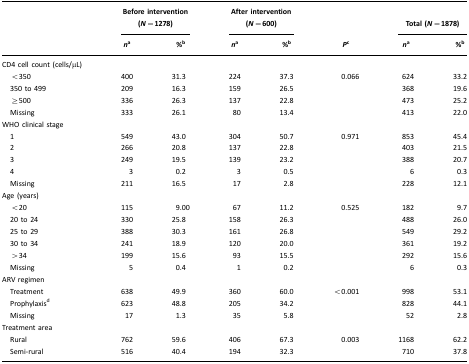
<table><thead><tr><td></td><td colspan="2"><b>Before intervention (<i>N</i>=1278)</b></td><td colspan="2"><b>After intervention (<i>N</i>=600)</b></td><td></td><td colspan="2"><b>Total (<i>N</i>=1878)</b></td></tr><tr><td></td><td><b><i>n</i>a</b></td><td><b>%b</b></td><td><b><i>n</i>a</b></td><td><b>%b</b></td><td><b><i>P</i>c</b></td><td><b><i>n</i>a</b></td><td><b>%b</b></td></tr></thead><tbody><tr><td>CD4 cell count (cells/μL)</td><td></td><td></td><td></td><td></td><td></td><td></td><td></td></tr><tr><td> &lt;350</td><td>400</td><td>31.3</td><td>224</td><td>37.3</td><td>0.066</td><td>624</td><td>33.2</td></tr><tr><td> 350 to 499</td><td>209</td><td>16.3</td><td>159</td><td>26.5</td><td></td><td>368</td><td>19.6</td></tr><tr><td> ≥500</td><td>336</td><td>26.3</td><td>137</td><td>22.8</td><td></td><td>473</td><td>25.2</td></tr><tr><td> Missing</td><td>333</td><td>26.1</td><td>80</td><td>13.4</td><td></td><td>413</td><td>22.0</td></tr><tr><td>WHO clinical stage</td><td></td><td></td><td></td><td></td><td></td><td></td><td></td></tr><tr><td> 1</td><td>549</td><td>43.0</td><td>304</td><td>50.7</td><td>0.971</td><td>853</td><td>45.4</td></tr><tr><td> 2</td><td>266</td><td>20.8</td><td>137</td><td>22.8</td><td></td><td>403</td><td>21.5</td></tr><tr><td> 3</td><td>249</td><td>19.5</td><td>139</td><td>23.2</td><td></td><td>388</td><td>20.7</td></tr><tr><td> 4</td><td>3</td><td>0.2</td><td>3</td><td>0.5</td><td></td><td>6</td><td>0.3</td></tr><tr><td> Missing</td><td>211</td><td>16.5</td><td>17</td><td>2.8</td><td></td><td>228</td><td>12.1</td></tr><tr><td>Age (years)</td><td></td><td></td><td></td><td></td><td></td><td></td><td></td></tr><tr><td> &lt;20</td><td>115</td><td>9.00</td><td>67</td><td>11.2</td><td>0.525</td><td>182</td><td>9.7</td></tr><tr><td> 20 to 24</td><td>330</td><td>25.8</td><td>158</td><td>26.3</td><td></td><td>488</td><td>26.0</td></tr><tr><td> 25 to 29</td><td>388</td><td>30.3</td><td>161</td><td>26.8</td><td></td><td>549</td><td>29.2</td></tr><tr><td> 30 to 34</td><td>241</td><td>18.9</td><td>120</td><td>20.0</td><td></td><td>361</td><td>19.2</td></tr><tr><td> &gt;34</td><td>199</td><td>15.6</td><td>93</td><td>15.5</td><td></td><td>292</td><td>15.6</td></tr><tr><td> Missing</td><td>5</td><td>0.4</td><td>1</td><td>0.2</td><td></td><td>6</td><td>0.3</td></tr><tr><td>ARV regimen</td><td></td><td></td><td></td><td></td><td></td><td></td><td></td></tr><tr><td> Treatment</td><td>638</td><td>49.9</td><td>360</td><td>60.0</td><td>&lt;0.001</td><td>998</td><td>53.1</td></tr><tr><td> Prophylaxisd</td><td>623</td><td>48.8</td><td>205</td><td>34.2</td><td></td><td>828</td><td>44.1</td></tr><tr><td> Missing</td><td>17</td><td>1.3</td><td>35</td><td>5.8</td><td></td><td>52</td><td>2.8</td></tr><tr><td>Treatment area</td><td></td><td></td><td></td><td></td><td></td><td></td><td></td></tr><tr><td> Rural</td><td>762</td><td>59.6</td><td>406</td><td>67.3</td><td>0.003</td><td>1168</td><td>62.2</td></tr><tr><td> Semi-rural</td><td>516</td><td>40.4</td><td>194</td><td>32.3</td><td></td><td>710</td><td>37.8</td></tr></tbody></table>